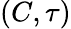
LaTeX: (C,\tau)